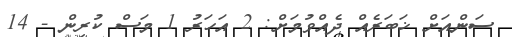
ސަންއަށް ޚަބަރެއް ދެއްވުމަށް: 2 އަހަރު 1 މަސް ކުރިން - 14